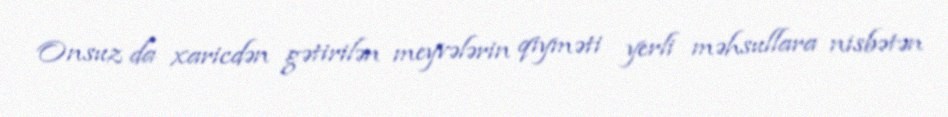
Onsuz da xaricdən gətirilən meyvələrin qiyməti yerli məhsullara nisbətən